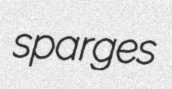
sparges